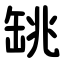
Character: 罀